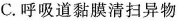
C.呼吸道黏膜清扫异物